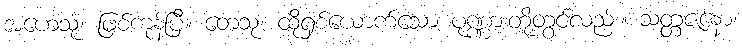
အဟေသုံ၊ ဖြစ်ကုန်ပြီ။ တေသု၊ ထိုရှစ်ယောက်သော ပုဏ္ဏားတို့တွင်လည်း။ သတ္တဇနော၊